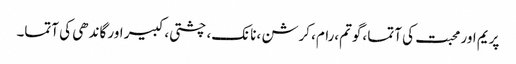
پریم اور محبت کی آتما ،گوتم،رام، کرشن ،نانک، چشتی، کبیر اور گاندھی کی آتما۔